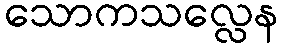
သောကသလ္လေန